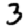
Digit: 3